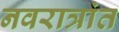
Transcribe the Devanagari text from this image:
नवरात्रांत